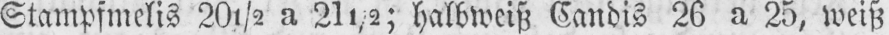
Stampfmelis 20½ a 21½; halbweiß Candis 26 a 25, weiß